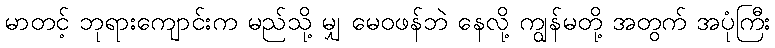
မာတင့် ဘုရားကျောင်းက မည်သို့ မျှ မေဝဖန်ဘဲ နေလို့ ကျွန်မတို့ အတွက် အပုံကြီး